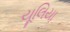
યૂલિયા